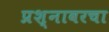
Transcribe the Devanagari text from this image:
प्रश्नावरचा